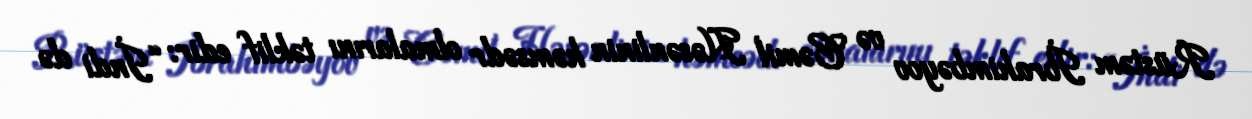
Rüstəm İbrahimbəyov və Cəmil Həsənlinin həmsədr olmalarını təklif edir: “İndi də